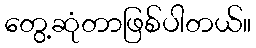
တွေ့ဆုံတာဖြစ်ပါတယ်။